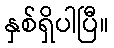
နှစ်ရှိပါပြီ။